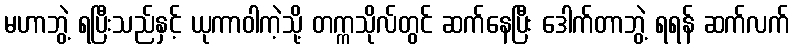
မဟာဘွဲ့ ရပြီးသည်နှင့် ယုကာဝါကဲ့သို့ တက္ကသိုလ်တွင် ဆက်နေပြီး ဒေါက်တာဘွဲ့ ရရန် ဆက်လက်